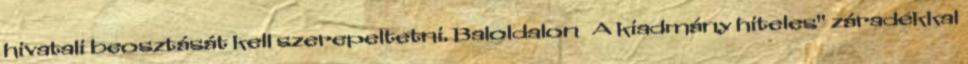
hivatali beosztását kell szerepeltetni. Baloldalon A kiadmány hiteles" záradékkal